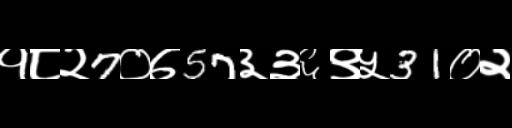
Text: १८२7०७57३३६९५31०२